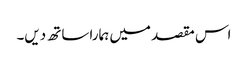
اس مقصد میں ہمارا ساتھ دیں۔